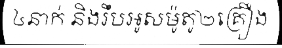
៤នាក់ និងរឹបអូសម៉ូតូ២គ្រឿង